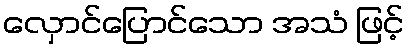
လှောင်ပြောင်သော အသံ ဖြင့်